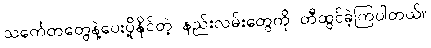
သင်္ကေတတွေနဲ့ပေးပို့နိုင်တဲ့ နည်းလမ်းတွေကို တီထွင်ခဲ့ကြပါတယ်။